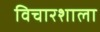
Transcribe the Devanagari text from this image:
विचारशाला